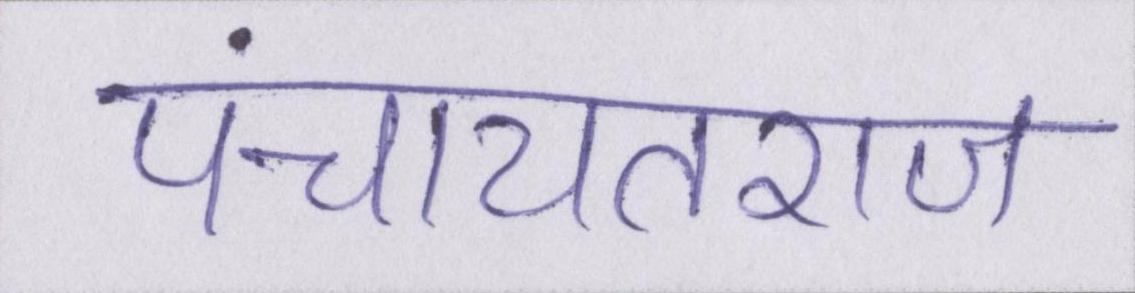
पंचायतराज